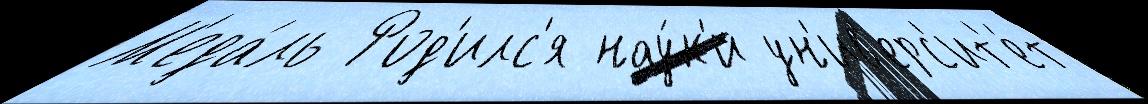
М'еда́ль Род'илс'я нау́к'и ун'ив'ерс'ит'е́т